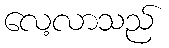
လေ့လာသည်